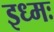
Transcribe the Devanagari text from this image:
इध्मः